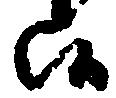
候